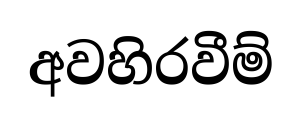
අවහිරවීම්